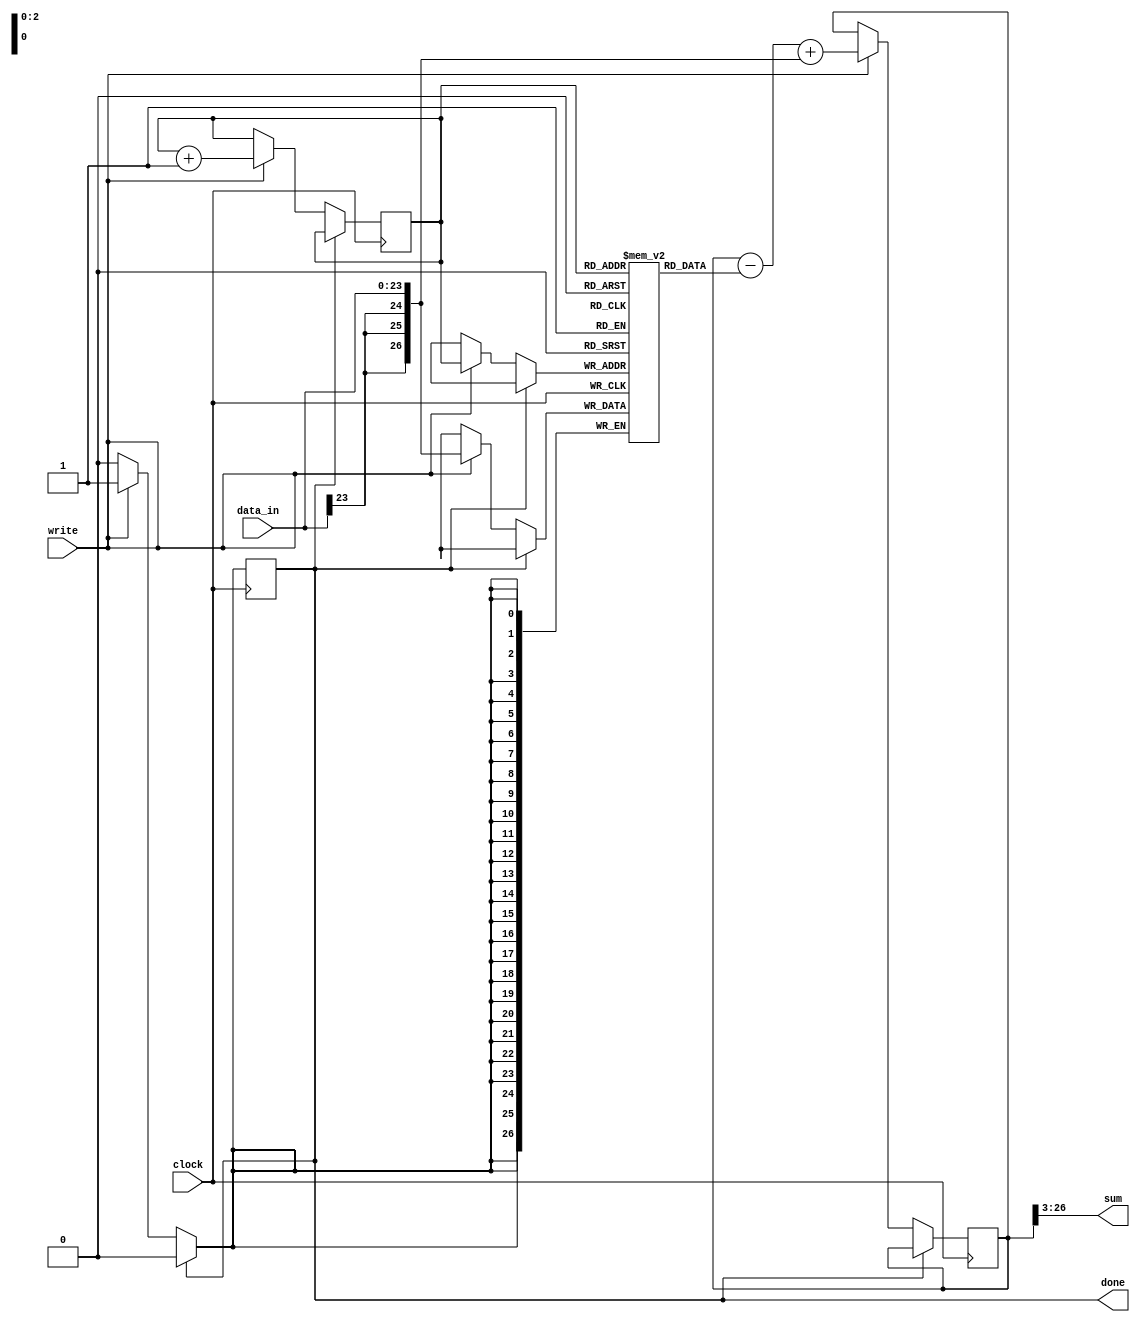
module noise_filter
#(
	parameter DATA_WIDTH=24,
	parameter N = 3
)
(
	input write,
	input clock,
	input [DATA_WIDTH-1:0] data_in,
	output done,
	output [DATA_WIDTH - 1:0] sum
);
	reg [DATA_WIDTH+N-1:0] summed;
	reg [DATA_WIDTH+N-1:0] summed_debug;
	reg [DATA_WIDTH+N-1:0] signal_debug;
	reg [N-1:0] counter;
	reg isDone;
	reg [DATA_WIDTH +N-1:0] fifo [0:2**N-1];
	integer i;
	initial
	begin
		counter = 0;
		summed = 0;
		isDone = 0;

		for(i = 0; i < 2**N; i= i+1)
		begin
			fifo[i] = 0;
		end
	end

	always @(posedge clock)
	begin
		if(isDone == 1)
		begin
			isDone <= 0;
		end
		else if(write == 1)
		begin
			summed <= summed - fifo[counter] + {{N{data_in[DATA_WIDTH-1]}}, data_in[DATA_WIDTH-1:0]};
			summed_debug = summed - fifo[counter] + {{2*N{data_in[DATA_WIDTH-1]}}, data_in[DATA_WIDTH-1:N]};
			signal_debug = {{2*N{data_in[DATA_WIDTH-1]}}, data_in[DATA_WIDTH-1:N]};
			fifo[counter] = {{N{data_in[DATA_WIDTH-1]}}, data_in[DATA_WIDTH-1:0]};
			counter <= counter + 1;
			isDone <= 1;
		end
	end
	assign sum = summed[DATA_WIDTH+N-1:N];
	assign done = isDone;
endmodule